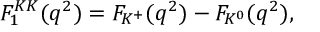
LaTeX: F _ { 1 } ^ { K K } ( q ^ { 2 } ) = F _ { K ^ { + } } ( q ^ { 2 } ) - F _ { K ^ { 0 } } ( q ^ { 2 } ) ,